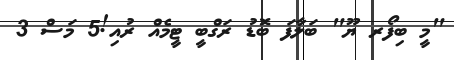
"މީ ބިފޯރ ޔޫ" ބަލާފަ ބޮޑު ރަގްބީ ޓީމެއް ރުއި!5 މަސް 3